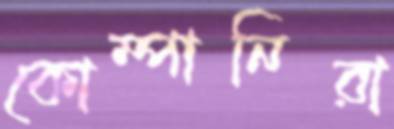
কোম্পানিরা